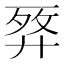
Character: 𢍗